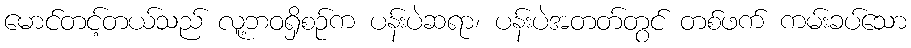
မောင်တင့်တယ်သည် လူ့ဘဝရှိစဉ်က ပန်းပဲဆရာ၊ ပန်းပဲအတတ်တွင် တစ်ဖက် ကမ်းခပ်သော